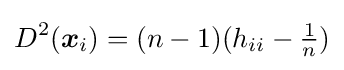
D^{2}({\boldsymbol {x}}_{i})=(n-1)(h_{ii}-{\tfrac {1}{n}})